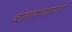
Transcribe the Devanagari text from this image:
बोलण्याचालण्याची